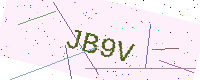
Text: JB9V